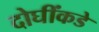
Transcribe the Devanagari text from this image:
दोघींकडे